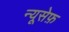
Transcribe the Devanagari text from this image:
न्यूसेफ़